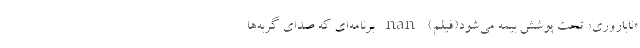
«ناباروری» تحت پوشش بیمه می‌شود(فیلم) nan برنامه‌ای که صدای گربه‌ها